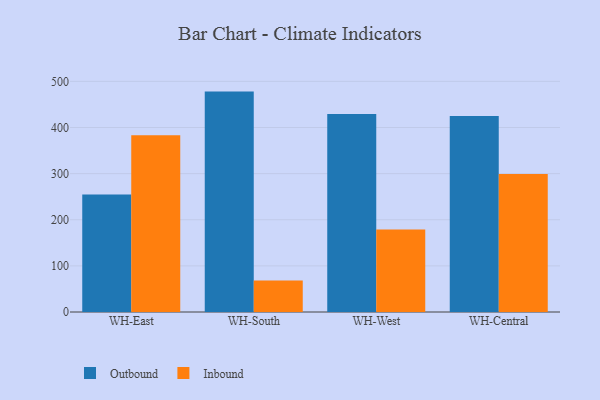
{"axis": {"x": "Warehouse", "y": "Gross Profit (USD K)"}, "legend": ["Inbound", "Outbound"], "data": [{"x": "WH-East", "y": 254.9, "type": "Outbound"}, {"x": "WH-East", "y": 383.1, "type": "Inbound"}, {"x": "WH-South", "y": 477.8, "type": "Outbound"}, {"x": "WH-South", "y": 68.5, "type": "Inbound"}, {"x": "WH-West", "y": 429.4, "type": "Outbound"}, {"x": "WH-West", "y": 179.0, "type": "Inbound"}, {"x": "WH-Central", "y": 425.1, "type": "Outbound"}, {"x": "WH-Central", "y": 299.3, "type": "Inbound"}]}